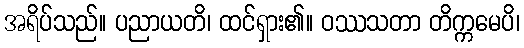
အရိပ်သည်။ ပညာယတိ၊ ထင်ရှား၏။ ဝဿသတာ တိက္ကမေပိ၊